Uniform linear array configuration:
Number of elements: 48
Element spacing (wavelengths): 0.25
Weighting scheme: blackman
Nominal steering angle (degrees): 45
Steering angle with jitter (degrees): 45.022
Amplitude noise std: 0.05
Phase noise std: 0.05

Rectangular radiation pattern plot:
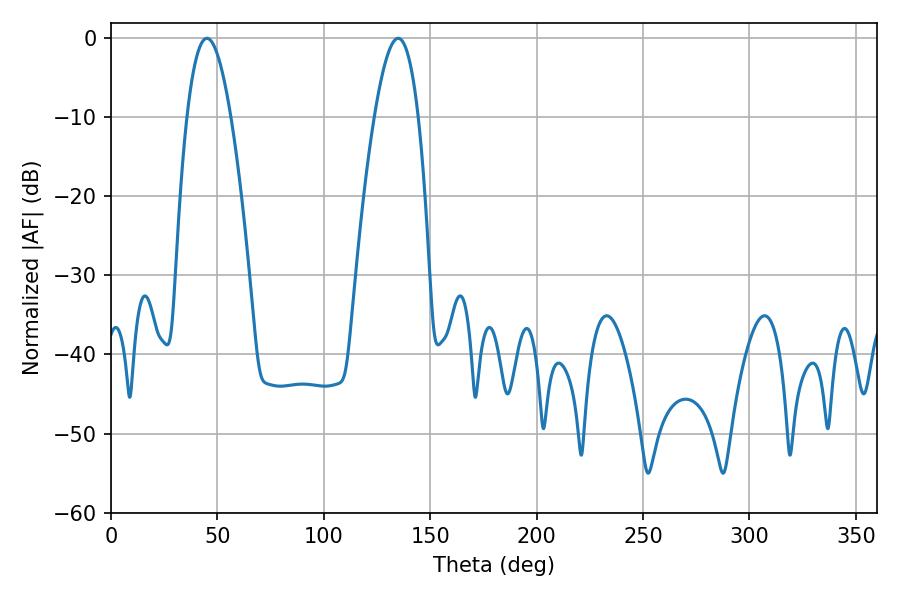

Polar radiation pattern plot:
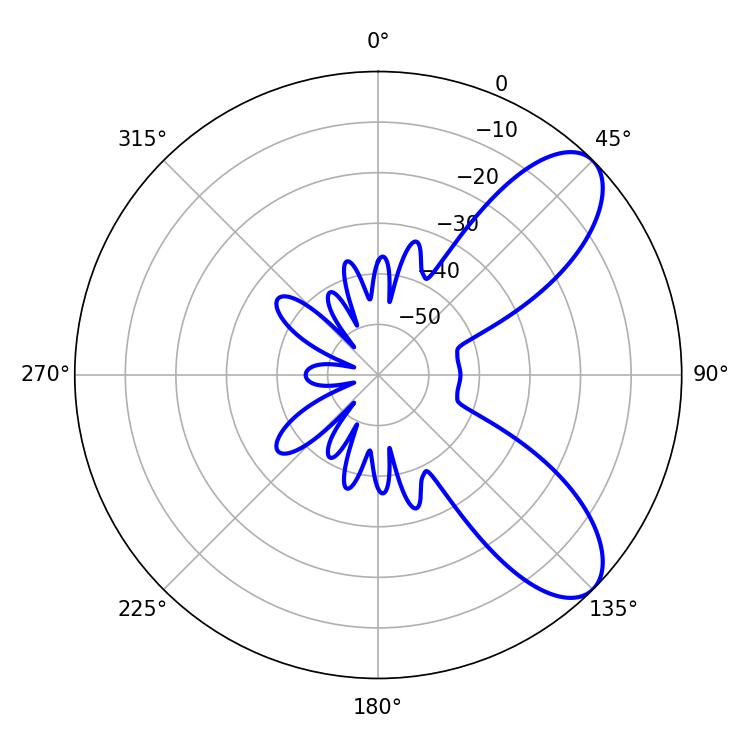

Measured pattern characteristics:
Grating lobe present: FALSE
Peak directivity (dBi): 8.211
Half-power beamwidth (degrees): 11.16
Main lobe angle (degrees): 45